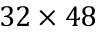
3 2 \times 4 8